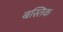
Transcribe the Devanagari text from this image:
बस्तिक